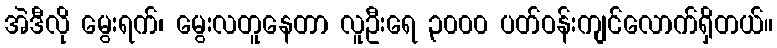
အဲဒီလို မွေးရက်၊ မွေးလတူနေတာ လူဦးရေ ၃၀၀၀ ပတ်ဝန်းကျင်လောက်ရှိတယ်။